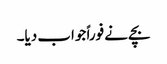
بچے نے فوراً جواب دیا۔